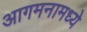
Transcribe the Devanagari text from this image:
आगमनामध्ये